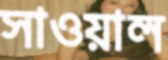
সাওয়াল